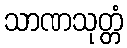
သာဏသုတ္တံ